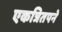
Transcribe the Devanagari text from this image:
एकत्रितपने